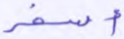
أسفر